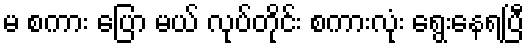
မ စကား ပြော မယ် လုပ်တိုင်း စကားလုံး ရွေးနေရပြီ